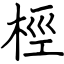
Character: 桱